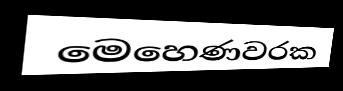
මෙහෙණවරක